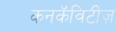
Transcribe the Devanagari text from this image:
कनकॅविटीज़